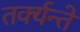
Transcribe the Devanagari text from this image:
तर्क्यन्ते